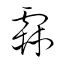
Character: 霖